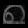
Digit: ၈